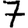
Digit: 7